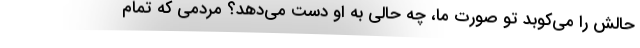
حالش را می‌کوبد تو صورت ما، چه حالی به او دست می‌دهد؟ مردمی که تمام